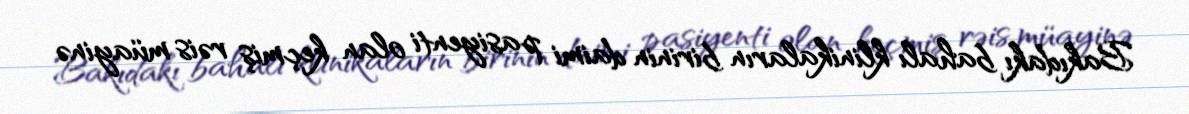
Bakıdakı bahalı klinikaların birinin daimi pasiyenti olan keçmiş rəis müayinə